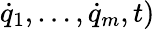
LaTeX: {\dot{q}}_{1},\dots,{\dot{q}}_{m},t)